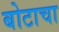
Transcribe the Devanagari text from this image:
बोटाचा